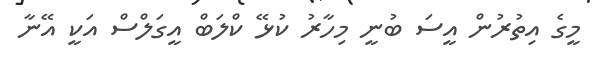
މީގެ އިތުރުން އީސަ ބުނީ މިހާރު ކުޅޭ ކްލަބް އީގަލްސް އަކީ އޭނާ